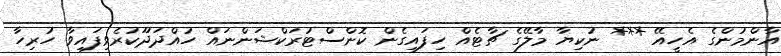
އާންމުންގެ އެހީއޭ *** ނުކިޔާ މާލޭގެ ޗާޓެއް ހިފައިގެން ކޮންސްޓުރަކްޝަންނައް ހުއްދަދޫކުރެވިފައިވާ ހުރިހާ